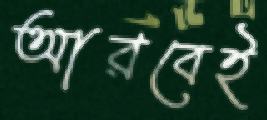
আরবেই